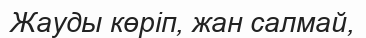
Жауды көріп, жан салмай,